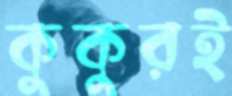
কুকুরই